Mental hospitals Bombay report 1921-28 - 1921-1928
Year: 1921
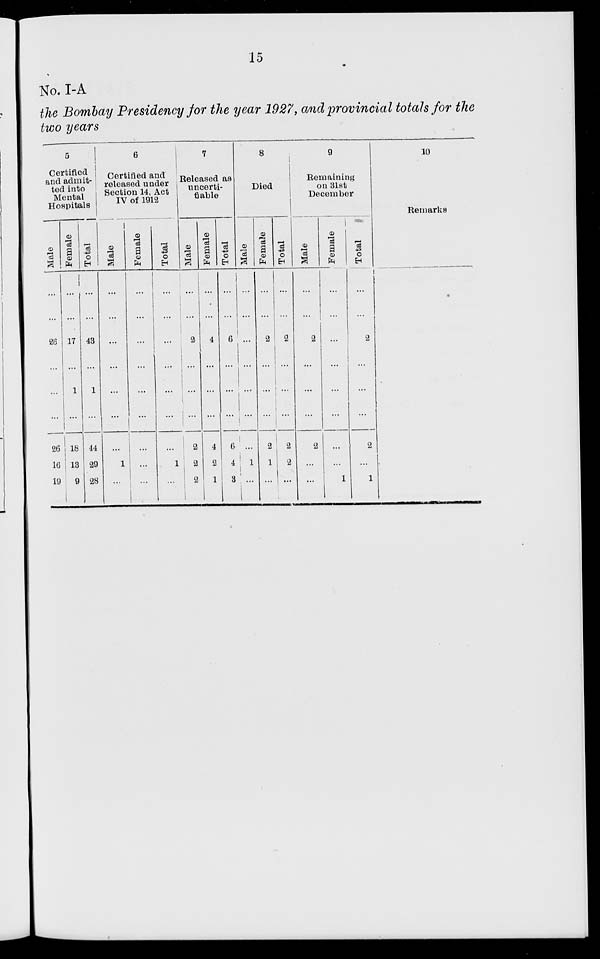
15
No. I-A
the Bombay Presidency for the year 1927, and provincial totals for the
two years
5
Certified
and admit-
ted into
Mental
Hospitals
Male
...
...
26
...
...
...
26
16
19
Female
...
...
17
...
1
...
18
13
9
Total
...
...
43
...
1
...
44
29
28
6
Certified and
released under
Section 14, Act
IV of 1912
Male
...
...
...
...
...
...
...
1
...
Female
...
...
...
...
...
...
...
...
...
Total
...
...
...
...
...
...
...
1
...
7
Released as
uncerti-
fiable
Male
...
...
2
...
...
...
2
2
2
Female
...
...
4
...
...
...
4
2
1
Total
...
...
6
...
...
...
6
4
3
8
Died
Male
...
...
...
...
...
...
...
1
...
Female
...
...
2
...
...
...
2
1
...
Total
...
...
2
...
...
...
2
2
...
9
Remaining
on 31st
December
Male
...
...
2
...
...
...
2
...
...
Female
...
...
...
...
...
...
...
...
1
Total
...
...
2
...
...
...
2
...
1
10
Remarks